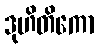
ဒုဟိတိကော